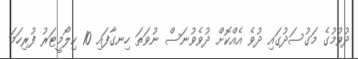
ދުވުމުގެ މަގުސަދުގައި ދުވެ އެއްކޮށް ދުވެވުނަސް ނުވަތަ ހިނގާފައި 10 ކިލޯމީޓަރު ފުރިހަމަ